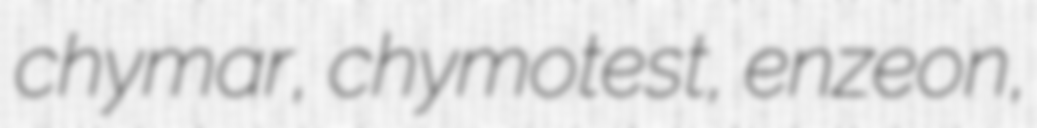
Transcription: chymar, chymotest, enzeon,